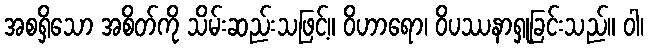
အစရှိသော အစိတ်ကို သိမ်းဆည်းသဖြင့်။ ဝိဟာရော၊ ဝိပဿနာရှုခြင်းသည်။ ဝါ၊